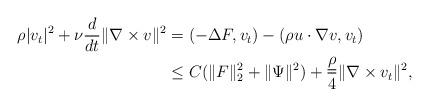
LaTeX: \begin{align*}\rho|v_t|^2+\nu\frac{d}{dt}\|\nabla\times v\|^2&=(-\Delta F,v_t)-(\rho u\cdot\nabla v,v_t)\\&\leq C(\|F\|_2^2+\|\Psi\|^2)+\frac{\underline{\rho}}{4}\|\nabla\times v_t\|^2,\end{align*}